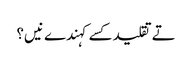
تے تقلید کسے کہندے نیں؟